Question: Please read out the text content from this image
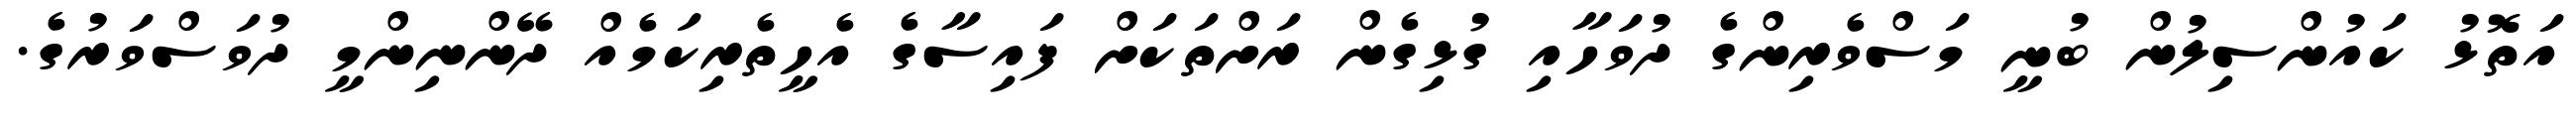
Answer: އަތޮޅު ކައުންސިލުން ބުނީ މަސްވެރިންގެ ދުވަހާއި ގުޅިގެން ރަށްތަކަށް ފައިސާގެ އެހީތެރިކަމެއް ދޭންނިންމީ ދުވަސްވަރުގެ.